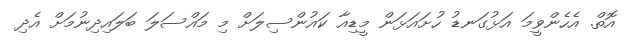
އޮތް. އެހެންވީމަ އަޅުގަނޑު ހުށައަޅަން މީޑިއާ ކައުންސިލަށް މި މައްސަލަ ބަލައިދިނުމަށް އެދި